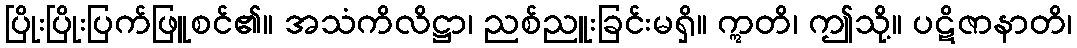
ပြိုးပြိုးပြက်ဖြူစင်၏။ အသံကိလိဋ္ဌာ၊ ညစ်ညူးခြင်းမရှိ။ ဣတိ၊ ဤသို့။ ပဋိဇာနာတိ၊